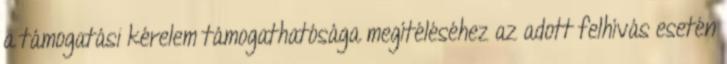
a támogatási kérelem támogathatósága megítéléséhez az adott felhívás esetén